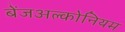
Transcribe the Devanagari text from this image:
बेंजअल्कोनियम